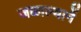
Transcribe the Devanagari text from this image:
जळाल्यानें